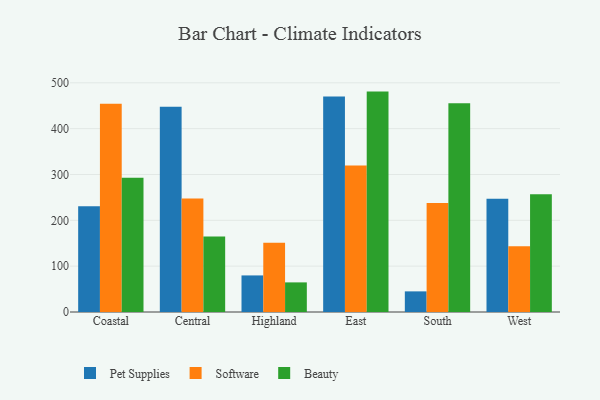
{"axis": {"x": "Region", "y": "Waste Production (Tons)"}, "legend": ["Beauty", "Pet Supplies", "Software"], "data": [{"x": "Coastal", "y": 230.6, "type": "Pet Supplies"}, {"x": "Coastal", "y": 454.2, "type": "Software"}, {"x": "Coastal", "y": 292.8, "type": "Beauty"}, {"x": "Central", "y": 447.9, "type": "Pet Supplies"}, {"x": "Central", "y": 247.8, "type": "Software"}, {"x": "Central", "y": 164.5, "type": "Beauty"}, {"x": "Highland", "y": 79.8, "type": "Pet Supplies"}, {"x": "Highland", "y": 151.0, "type": "Software"}, {"x": "Highland", "y": 64.6, "type": "Beauty"}, {"x": "East", "y": 470.2, "type": "Pet Supplies"}, {"x": "East", "y": 319.8, "type": "Software"}, {"x": "East", "y": 480.8, "type": "Beauty"}, {"x": "South", "y": 45.0, "type": "Pet Supplies"}, {"x": "South", "y": 238.0, "type": "Software"}, {"x": "South", "y": 455.6, "type": "Beauty"}, {"x": "West", "y": 246.9, "type": "Pet Supplies"}, {"x": "West", "y": 143.2, "type": "Software"}, {"x": "West", "y": 256.7, "type": "Beauty"}]}